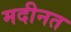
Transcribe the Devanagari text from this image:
मदीनत